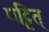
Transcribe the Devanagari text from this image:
पट्टित्